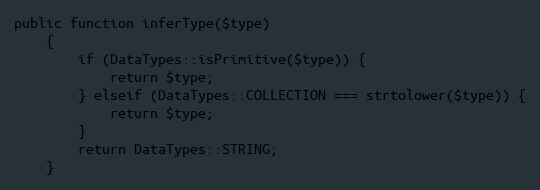
Language: PHP
public function inferType($type)
    {
        if (DataTypes::isPrimitive($type)) {
            return $type;
        } elseif (DataTypes::COLLECTION === strtolower($type)) {
            return $type;
        }
        return DataTypes::STRING;
    }